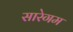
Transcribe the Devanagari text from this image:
सारेगम